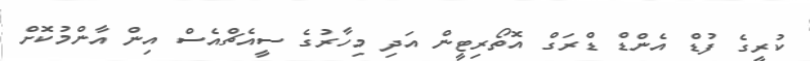
ކުރީގެ ފުޑް އެންޑް ޑްރަގް އޮތޯރިޓީން އަދި މިހާރުގެ ސީއެޗްއެސް އިން އާންމުކޮށް